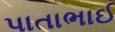
પાતાભાઈ